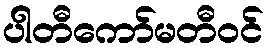
ပါတီကော်မတီဝင်